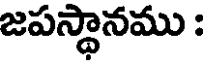
జపస్థానము :